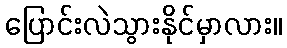
ပြောင်းလဲသွားနိုင်မှာလား။